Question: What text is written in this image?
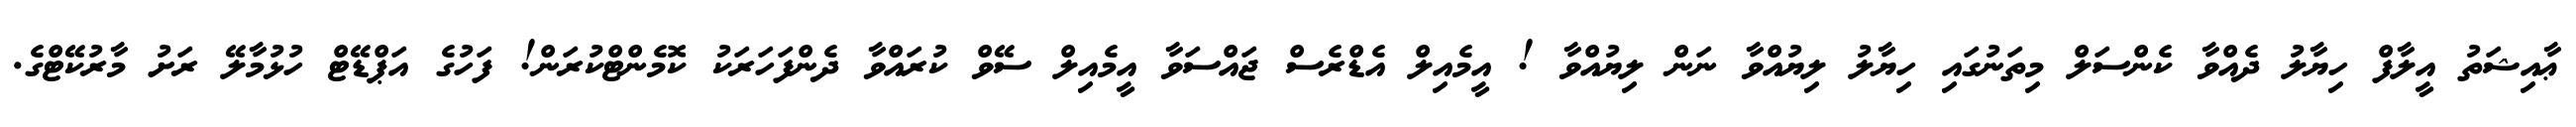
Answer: ޢާއިޝަތު އީލާފް ހިޔާލު ދެއްވާ ކެންސަލް މިތަނުގައި ހިޔާލު ލިޔުއްވާ ނަން ލިޔުއްވާ ! އީމެއިލް އެޑްރެސް ޖައްސަވާ އީމެއިލް ސޭވް ކުރައްވާ ދެންފަހަރަކު ކޮމެންޓްކުރަން! ފަހުގެ އަޕްޑޭޓް ހުޅުމާލޭ ރަށު މާރުކޭޓްގެ.